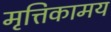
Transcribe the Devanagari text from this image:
मृत्तिकामय